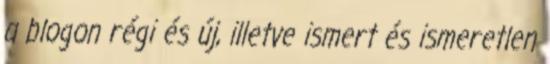
a blogon régi és új, illetve ismert és ismeretlen